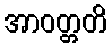
အာဝတ္တတိ